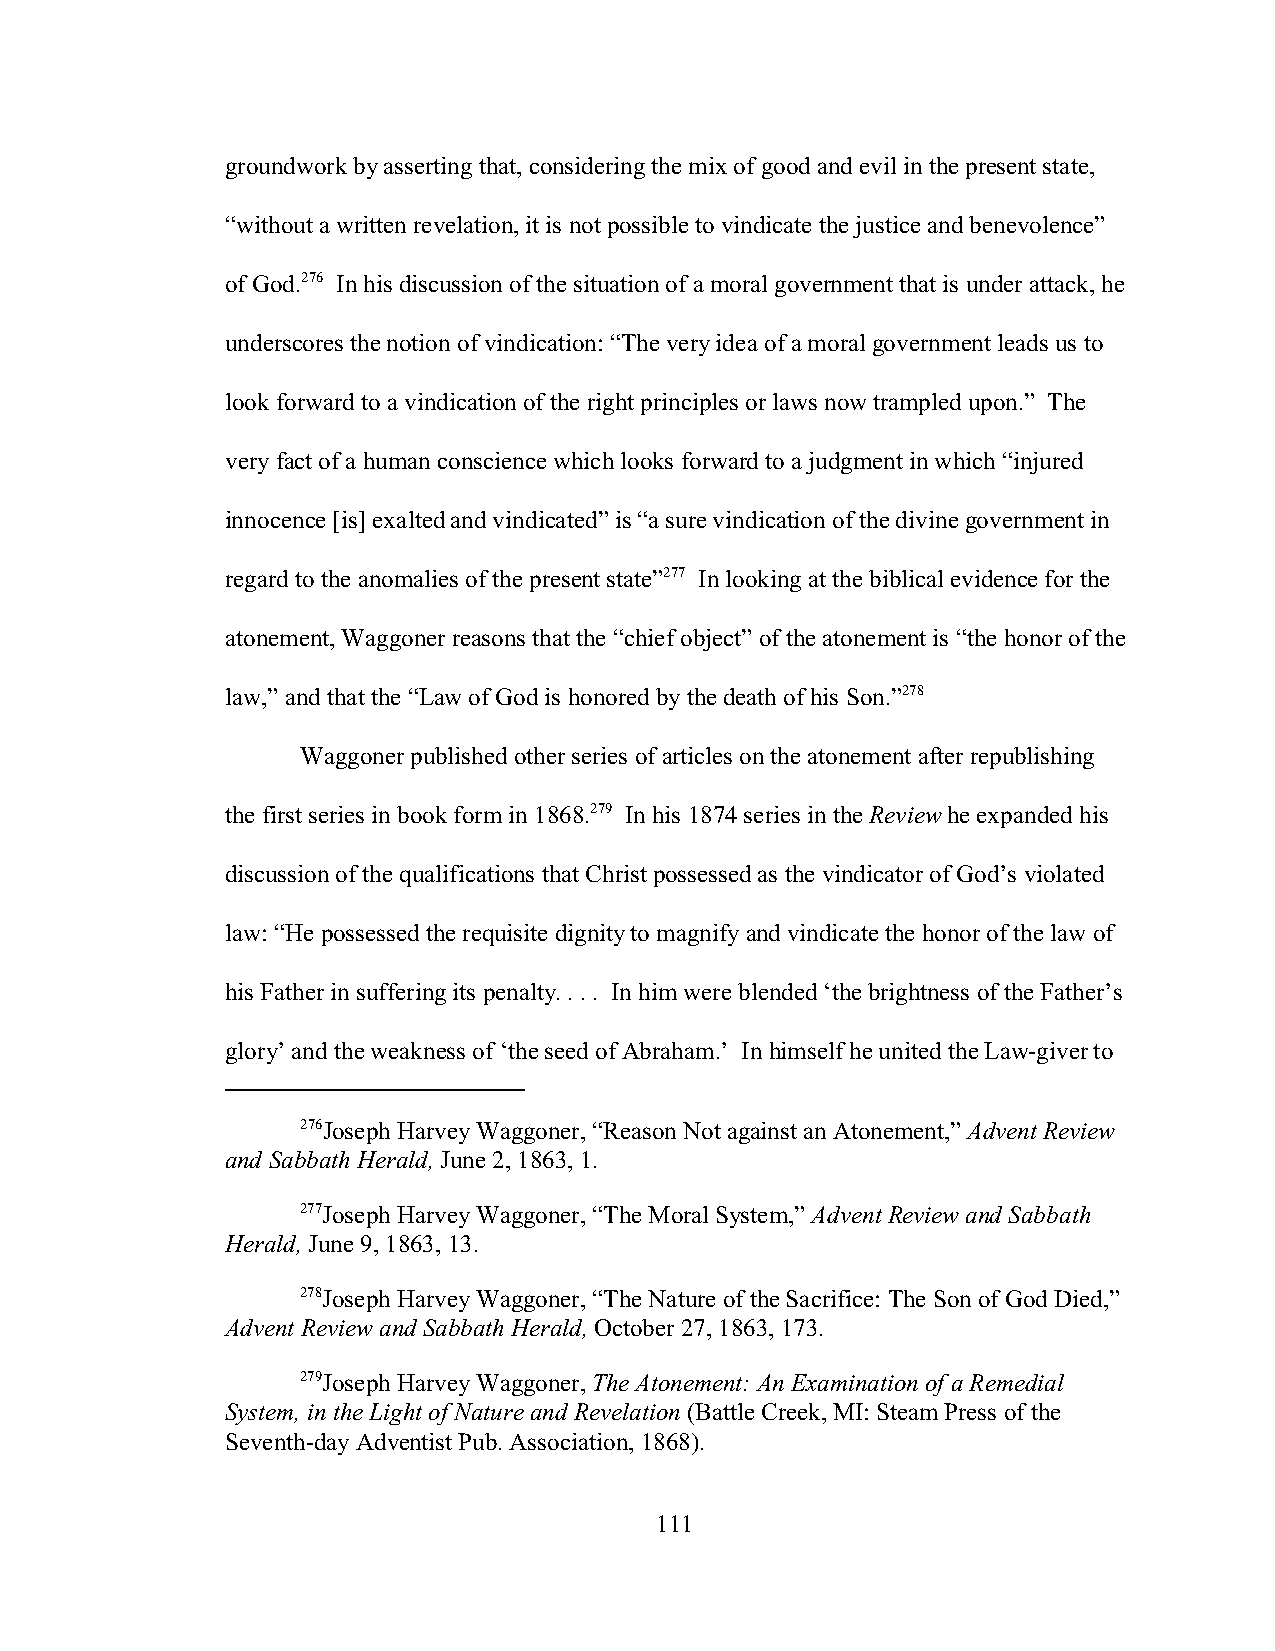
groundwork by asserting that, considering the mix of good and evil in the present state,
 “without a written revelation, it is not possible to vindicate the justice and benevolence”
 of God.276 In his discussion of the situation of a moral government that is under attack, he
 underscores the notion of vindication: “The very idea of a moral government leads us to
 look forward to a vindication of the right principles or laws now trampled upon.” The
 very fact of a human conscience which looks forward to a judgment in which “injured
 innocence [is] exalted and vindicated” is “a sure vindication of the divine government in
 regard to the anomalies of the present state”277 In looking at the biblical evidence for the
 atonement, Waggoner reasons that the “chief object” of the atonement is “the honor of the
 law,” and that the “Law of God is honored by the death of his Son.”278
 Waggoner published other series of articles on the atonement after republishing
 the first series in book form in 1868.279 In his 1874 series in the Review he expanded his
 discussion of the qualifications that Christ possessed as the vindicator of God’s violated
 law: “He possessed the requisite dignity to magnify and vindicate the honor of the law of
 his Father in suffering its penalty. . . . In him were blended ‘the brightness of the Father’s
 glory’ and the weakness of ‘the seed of Abraham.’ In himself he united the Law-giver to
 276Joseph Harvey Waggoner, “Reason Not against an Atonement,” Advent Review
 and Sabbath Herald, June 2, 1863, 1.
 277Joseph Harvey Waggoner, “The Moral System,” Advent Review and Sabbath
 Herald, June 9, 1863, 13.
 278Joseph Harvey Waggoner, “The Nature of the Sacrifice: The Son of God Died,”
 Advent Review and Sabbath Herald, October 27, 1863, 173.
 279Joseph Harvey Waggoner, The Atonement: An Examination of a Remedial
 System, in the Light of Nature and Revelation (Battle Creek, MI: Steam Press of the
 Seventh-day Adventist Pub. Association, 1868).
 111